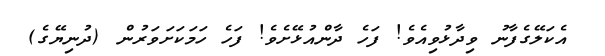
އެކަލޭގެފާނު ވިދާޅުވިއެވެ! ފަހެ ދާންއުޅޭށެވެ! ފަހެ ހަމަކަށަވަރުން (ދުނިޔޭގެ)